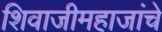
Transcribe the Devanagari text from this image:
शिवाजीमहाजांचे